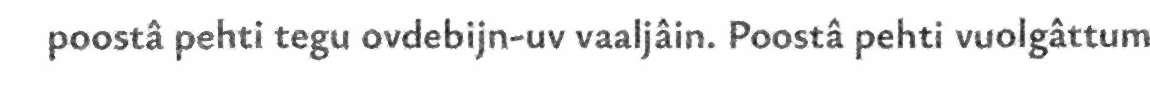
poostâ pehti tegu ovdebijn-uv vaaljâin. Poostâ pehti vuolgâttum